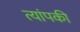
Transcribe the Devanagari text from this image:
त्यांपकी